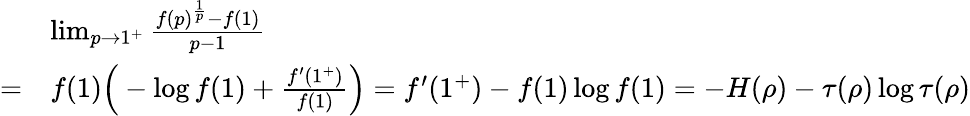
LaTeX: \begin{array}{rl}&{\operatorname*{lim}_{p\to 1^{+}}\frac{f(p)^{\frac{1}{p}}-f(1)}{p-1}}\\ {=}&{f(1)\Big(-\log f(1)+\frac{f^{\prime}(1^{+})}{f(1)}\Big)=f^{\prime}(1^{+})-f(1)\log f(1)=-H(\rho)-\tau(\rho)\log\tau(\rho)}\end{array}